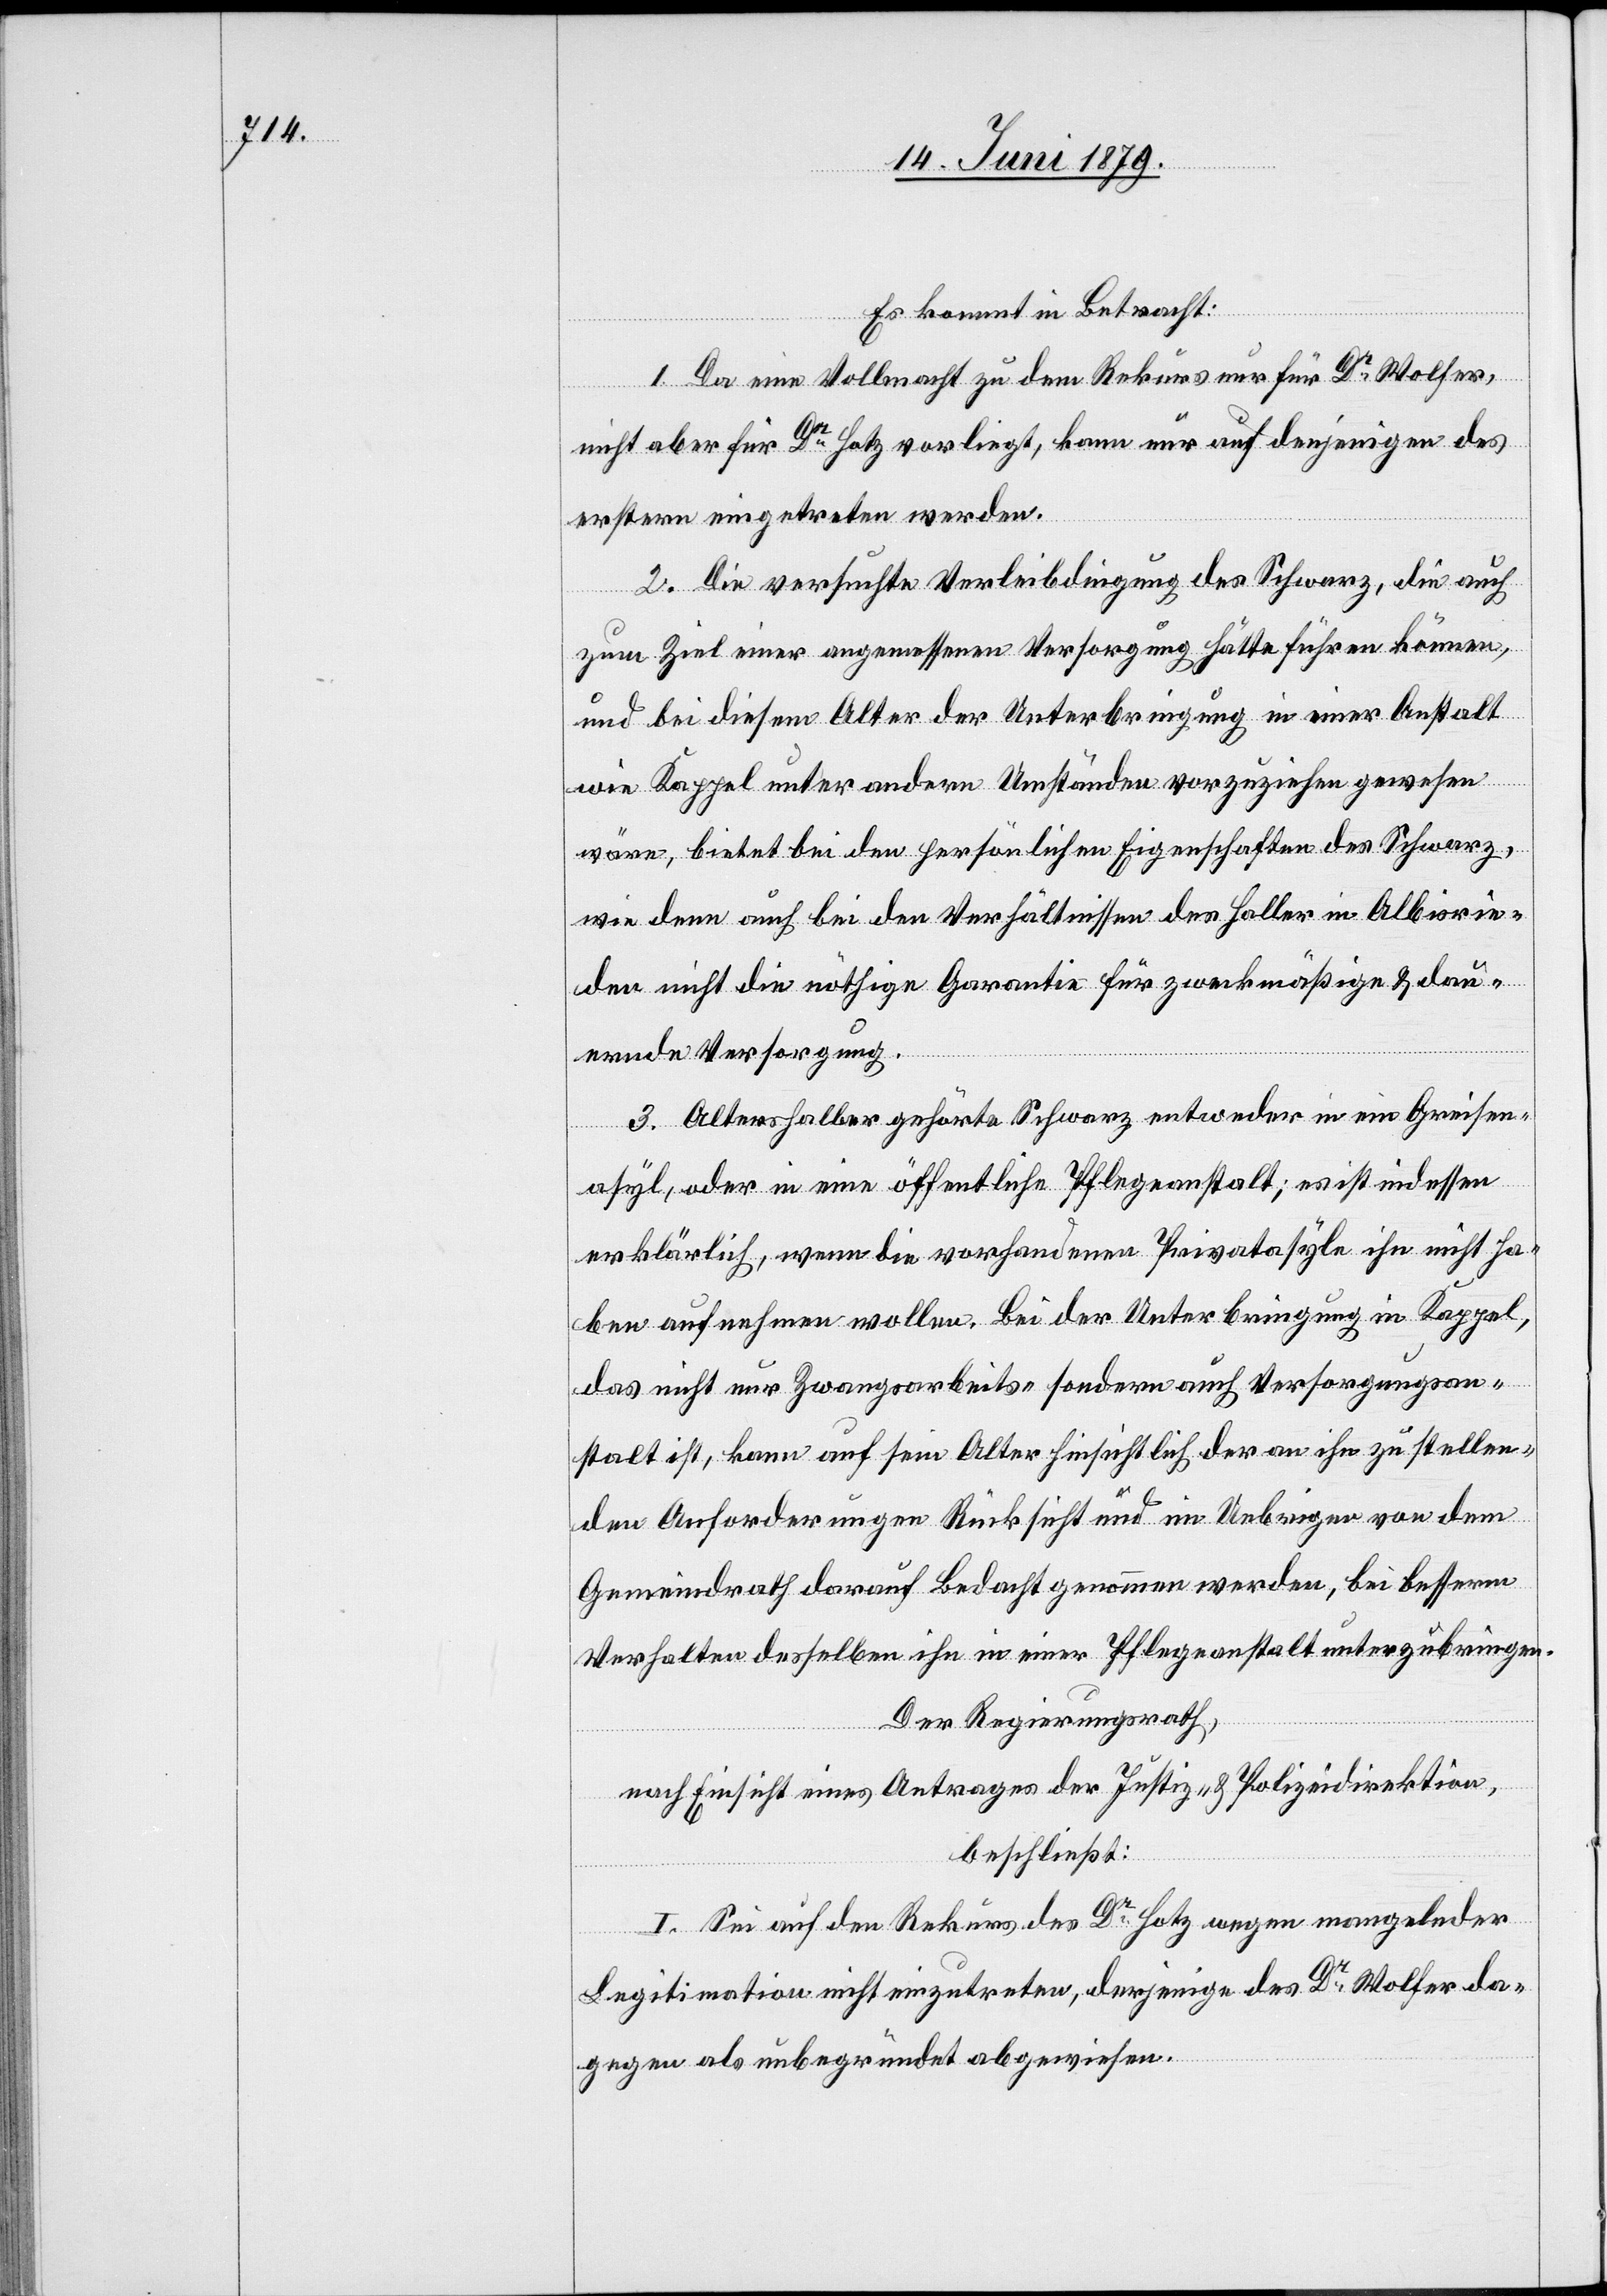
Es kommt in Betracht:
1. Da eine Vollmacht zu dem Rekurs nur für Dr Wolfer,
nicht aber für Dr Hotz vorliegt, kann nur auf denjenigen des
erstern eingetreten werden.
2. Die versuchte Verleibdingung des Schwarz, die auch
zum Ziel einer angemessenen Versorgung hätte führen können,
und bei diesem Alter der Unterbringung in einer Anstalt
wie Kappel unter andern Umständen vorzuziehen gewesen
wäre, bietet bei den persönlichen Eigenschaften des Schwarz,
wie denn auch bei den Verhältnissen des Haller in Albisrie¬
den nicht die nötige Garantie für zweckmäßige & dau¬
ernde Versorgung.
3. Altershalber gehörte Schwarz entweder in ein Greisen¬
asyl, oder in eine öffentliche Pflegeanstalt; es ist indessen
erklärlich, wenn die vorhandenen Privatasyle ihn nicht ha¬
ben aufnehmen wollen. Bei der Unterbringung in Kappel,
das nicht nur Zwangsarbeits- sondern auch Versorgungsan¬
stalt ist, kann auf sein Alter hinsichtlich der an ihn zu stellen¬
den Anforderungen Rücksicht und im Uebrigen von dem
Gemeindrath darauf Bedacht genommen werden, bei besserm
Verhalten desselben ihn in einer Pflegeanstalt unterzubringen.
Der Regierungsrath,
nach Einsicht eines Antrages der Justiz- & Polizeidirektion,
beschließt:
I. Sei auf den Rekurs des Dr Hotz wegen mangelnder
Legitimation nicht einzutreten, derjenige des Dr Wolfer da¬
gegen als unbegründet abgewiesen.